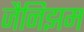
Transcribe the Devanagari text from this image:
जैनिझम